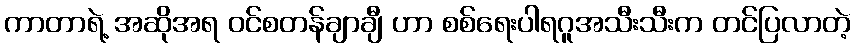
ကာတာရဲ့ အဆိုအရ ဝင်စတန်ချာချီ ဟာ စစ်ရေးပါရဂူအသီးသီးက တင်ပြလာတဲ့